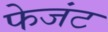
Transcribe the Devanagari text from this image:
फेजंट